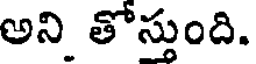
అని తోస్తుంది.